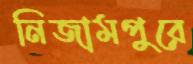
নিজামপুরে